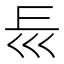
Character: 𡿰